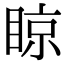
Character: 䁁